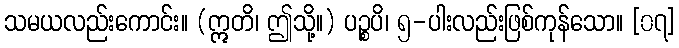
သမယလည်းကောင်း။ (ဣတိ၊ ဤသို့။) ပဉ္စပိ၊ ၅-ပါးလည်းဖြစ်ကုန်သော။ [၀၇]